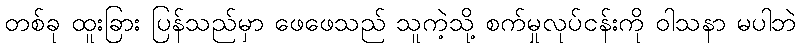
တစ်ခု ထူးခြား ပြန်သည်မှာ ဖေဖေသည် သူကဲ့သို့ စက်မှုလုပ်ငန်းကို ဝါသနာ မပါဘဲ